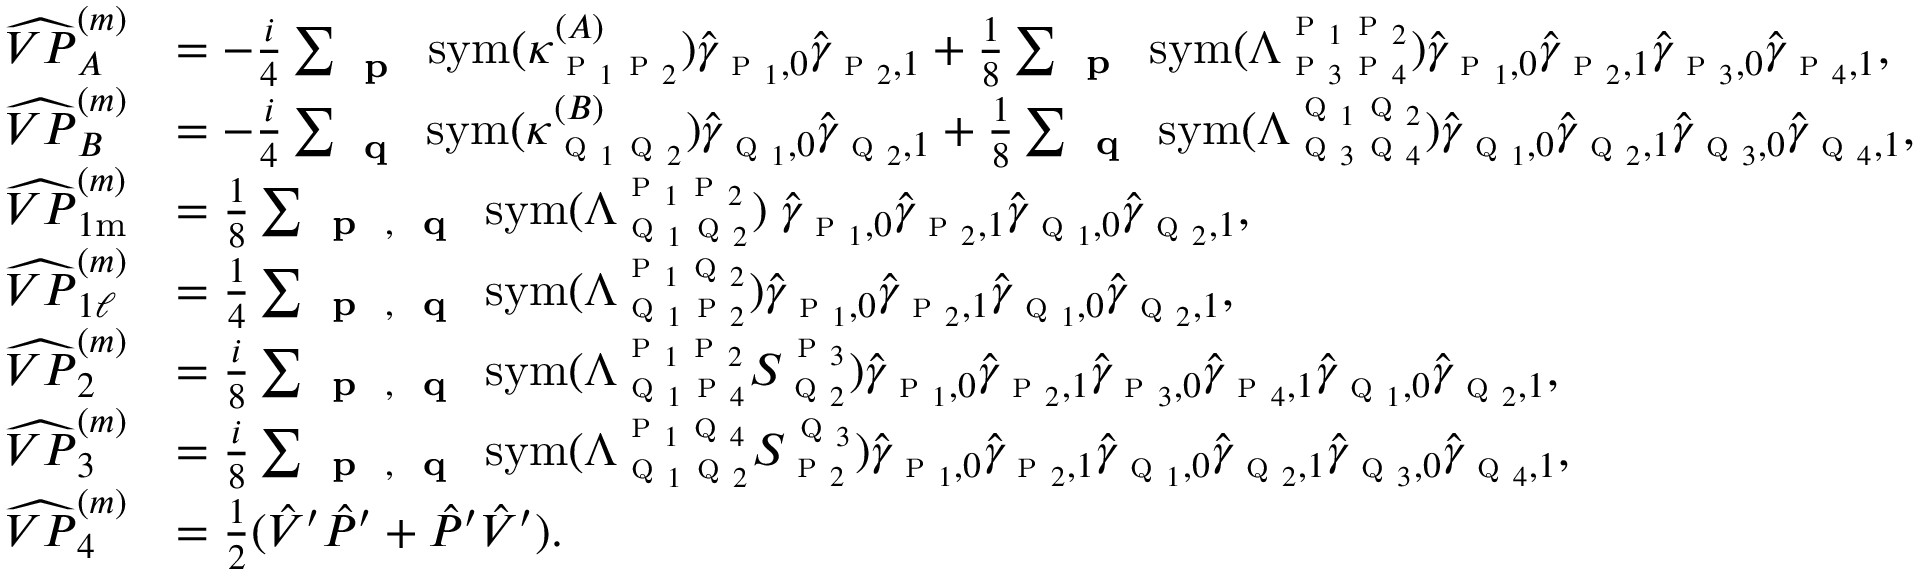
\begin{array} { r l } { \widehat { V P } _ { A } ^ { ( m ) } } & { = - \frac { i } { 4 } \sum _ { \textbf { \textsc { p } } } \mathrm { s y m } ( \kappa _ { \textsc { p } _ { 1 } \textsc { p } _ { 2 } } ^ { ( A ) } ) \hat { \gamma } _ { \textsc { p } _ { 1 } , 0 } \hat { \gamma } _ { \textsc { p } _ { 2 } , 1 } + \frac { 1 } { 8 } \sum _ { \substack { \textbf { \textsc { p } } } } \mathrm { s y m } ( \Lambda _ { \textsc { p } _ { 3 } \textsc { p } _ { 4 } } ^ { \textsc { p } _ { 1 } \textsc { p } _ { 2 } } ) \hat { \gamma } _ { \textsc { p } _ { 1 } , 0 } \hat { \gamma } _ { \textsc { p } _ { 2 } , 1 } \hat { \gamma } _ { \textsc { p } _ { 3 } , 0 } \hat { \gamma } _ { \textsc { p } _ { 4 } , 1 } , } \\ { \widehat { V P } _ { B } ^ { ( m ) } } & { = - \frac { i } { 4 } \sum _ { \textbf { \textsc { q } } } \mathrm { s y m } ( \kappa _ { \textsc { q } _ { 1 } \textsc { q } _ { 2 } } ^ { ( B ) } ) \hat { \gamma } _ { \textsc { q } _ { 1 } , 0 } \hat { \gamma } _ { \textsc { q } _ { 2 } , 1 } + \frac { 1 } { 8 } \sum _ { \substack { \textbf { \textsc { q } } } } \mathrm { s y m } ( \Lambda _ { \textsc { q } _ { 3 } \textsc { q } _ { 4 } } ^ { \textsc { q } _ { 1 } \textsc { q } _ { 2 } } ) \hat { \gamma } _ { \textsc { q } _ { 1 } , 0 } \hat { \gamma } _ { \textsc { q } _ { 2 } , 1 } \hat { \gamma } _ { \textsc { q } _ { 3 } , 0 } \hat { \gamma } _ { \textsc { q } _ { 4 } , 1 } , } \\ { \widehat { V P } _ { 1 \mathrm { m } } ^ { ( m ) } } & { = \frac { 1 } { 8 } \sum _ { \substack { \textbf { \textsc { p } } , \textbf { \textsc { q } } } } \mathrm { s y m } ( \Lambda _ { \textsc { q } _ { 1 } \textsc { q } _ { 2 } } ^ { \textsc { p } _ { 1 } \textsc { p } _ { 2 } } ) \; \hat { \gamma } _ { \textsc { p } _ { 1 } , 0 } \hat { \gamma } _ { \textsc { p } _ { 2 } , 1 } \hat { \gamma } _ { \textsc { q } _ { 1 } , 0 } \hat { \gamma } _ { \textsc { q } _ { 2 } , 1 } , } \\ { \widehat { V P } _ { 1 \ell } ^ { ( m ) } } & { = \frac { 1 } { 4 } \sum _ { \substack { \textbf { \textsc { p } } , \textbf { \textsc { q } } } } \mathrm { s y m } ( \Lambda _ { \textsc { q } _ { 1 } \textsc { p } _ { 2 } } ^ { \textsc { p } _ { 1 } \textsc { q } _ { 2 } } ) \hat { \gamma } _ { \textsc { p } _ { 1 } , 0 } \hat { \gamma } _ { \textsc { p } _ { 2 } , 1 } \hat { \gamma } _ { \textsc { q } _ { 1 } , 0 } \hat { \gamma } _ { \textsc { q } _ { 2 } , 1 } , } \\ { \widehat { V P } _ { 2 } ^ { ( m ) } } & { = \frac { i } { 8 } \sum _ { \substack { \textbf { \textsc { p } } , \textbf { \textsc { q } } } } \mathrm { s y m } ( \Lambda _ { \textsc { q } _ { 1 } \textsc { p } _ { 4 } } ^ { \textsc { p } _ { 1 } \textsc { p } _ { 2 } } S _ { \textsc { q } _ { 2 } } ^ { \textsc { p } _ { 3 } } ) \hat { \gamma } _ { \textsc { p } _ { 1 } , 0 } \hat { \gamma } _ { \textsc { p } _ { 2 } , 1 } \hat { \gamma } _ { \textsc { p } _ { 3 } , 0 } \hat { \gamma } _ { \textsc { p } _ { 4 } , 1 } \hat { \gamma } _ { \textsc { q } _ { 1 } , 0 } \hat { \gamma } _ { \textsc { q } _ { 2 } , 1 } , } \\ { \widehat { V P } _ { 3 } ^ { ( m ) } } & { = \frac { i } { 8 } \sum _ { \substack { \textbf { \textsc { p } } , \textbf { \textsc { q } } } } \mathrm { s y m } ( \Lambda _ { \textsc { q } _ { 1 } \textsc { q } _ { 2 } } ^ { \textsc { p } _ { 1 } \textsc { q } _ { 4 } } S _ { \textsc { p } _ { 2 } } ^ { \textsc { q } _ { 3 } } ) \hat { \gamma } _ { \textsc { p } _ { 1 } , 0 } \hat { \gamma } _ { \textsc { p } _ { 2 } , 1 } \hat { \gamma } _ { \textsc { q } _ { 1 } , 0 } \hat { \gamma } _ { \textsc { q } _ { 2 } , 1 } \hat { \gamma } _ { \textsc { q } _ { 3 } , 0 } \hat { \gamma } _ { \textsc { q } _ { 4 } , 1 } , } \\ { \widehat { V P } _ { 4 } ^ { ( m ) } } & { = \frac { 1 } { 2 } ( \hat { V } ^ { \prime } \hat { P } ^ { \prime } + \hat { P } ^ { \prime } \hat { V } ^ { \prime } ) . } \end{array}